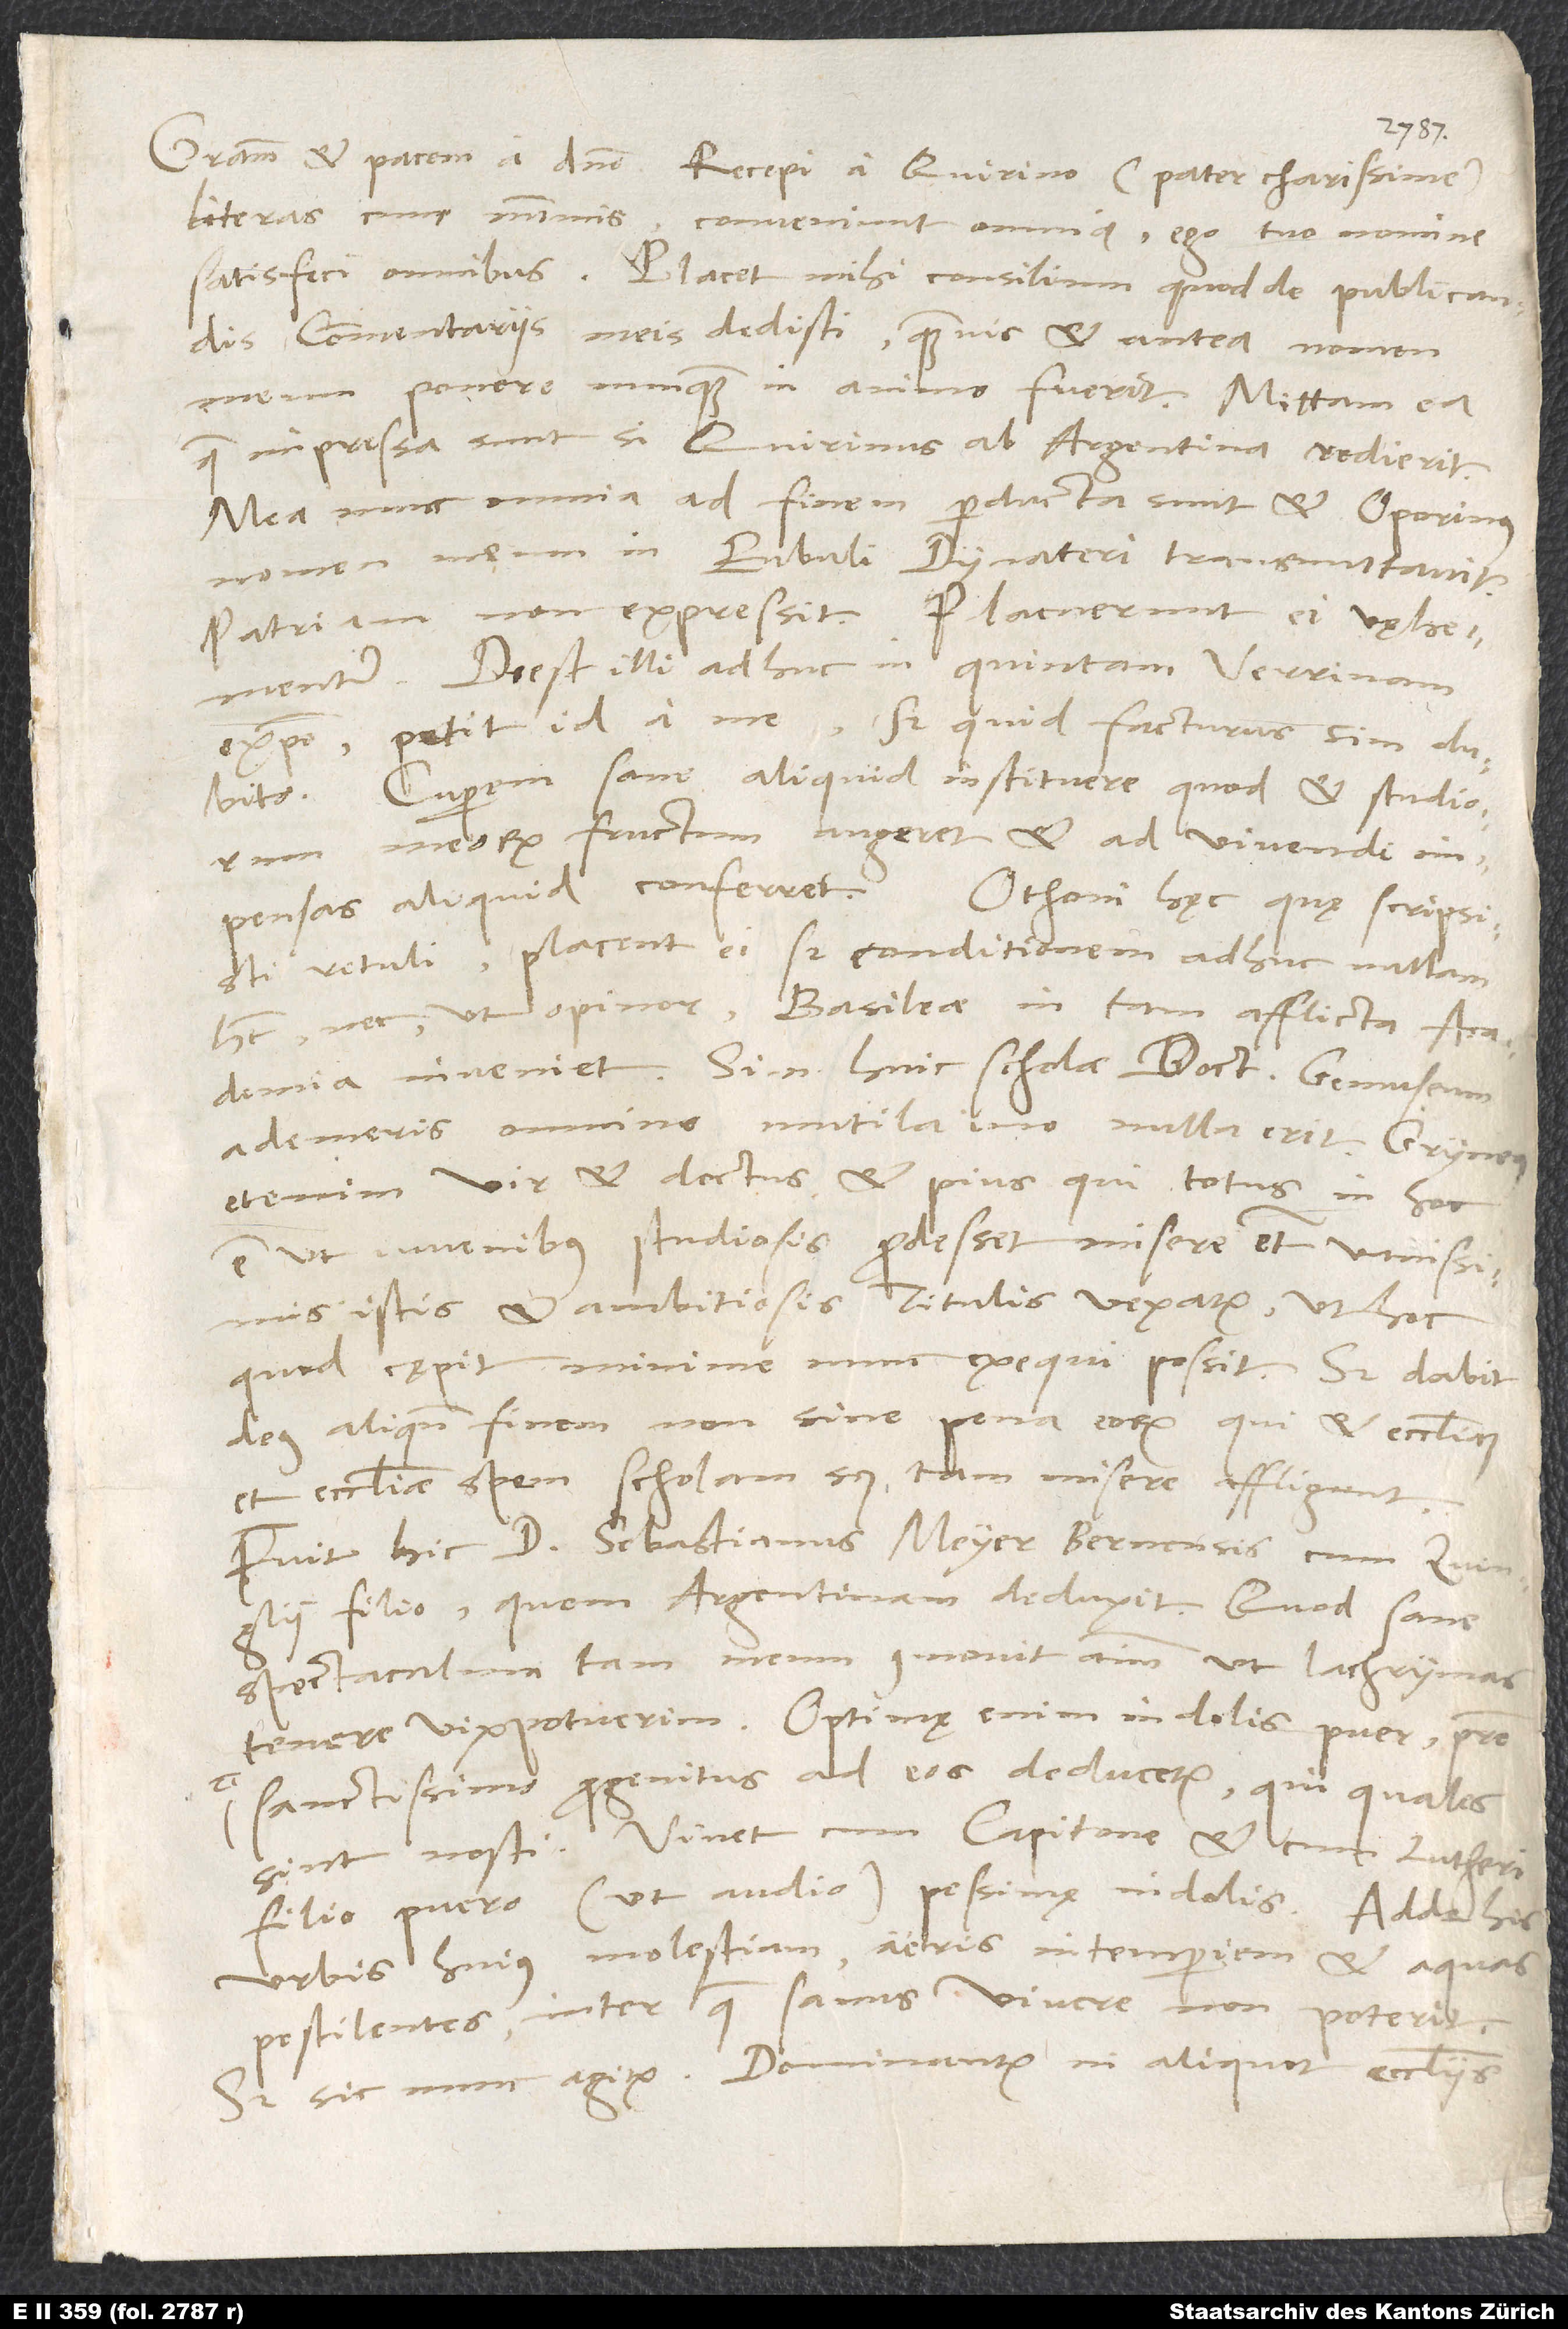
1539.
literas cum nummis. Conveniunt omnia; ego tuo nomine
commentariis meis dedisti, quamvis et antea nomen
meum ponere nunquam in animo fuerit. Mittam ea,
quae impressa sunt, si Quirinus ab Argentina redierit.
Mea nunc omnia ad finem perducta sunt, et Oporinus
nomen meum in Eubuli Dynateri transmutavit.
Patriam non expressit. Placuerunt ei vęhementer.
Deest illi adhuc in quintam Verrinam
expositio; petit id a me, sed quid facturus sim, dubito;
cuperem sane aliquid instituere, quod et studiorum
meorum fructum augeret et ad vivendi
retuli. Placent ei, sed conditionem adhuc nullam
habet nec, ut opinor, Basileae in tam afflicta academia
inveniet. Si enim huic scholae doctorem Gemuseum
ademeris, omnino mutila, imo nulla erit. Gryneus
etenim, vir et doctus et pius, qui totus in hoc
est, ut iuvenibus studiosis prodesset, misere etiam vanissimis
istis et ambitiosis titulis vexatur, ut hoc,
quod cępit, minime nunc exequi possit. Sed dabit
deus aliquando finem non sine pena eorum, qui et ecclesiam
et ecclesiae spem, scholam scilicet, tam misere affligunt.
Fuit hic doctor Sebastianus Meyer Bernensis cum Zvinglii
filio, quem Argentinam deduxit. Quod sane
spectaculum tam meum commovit animum, ut lachrymas
tenere vix potuerim. Optimę enim indolis puer patre
sanctissimo progenitus ad eos deducetur, qui quales
sint, nosti. Vivet cum Capitone et cum Lutheri
filio, puero (ut audio) pessimę indolis. Adde his
urbis huius molestiam, aeris intemperiem et aquas
pestilentes, inter quae sanus vivere non poterit.
Sed sic nunc agitur. Dominantur in aliquot ecclesiis